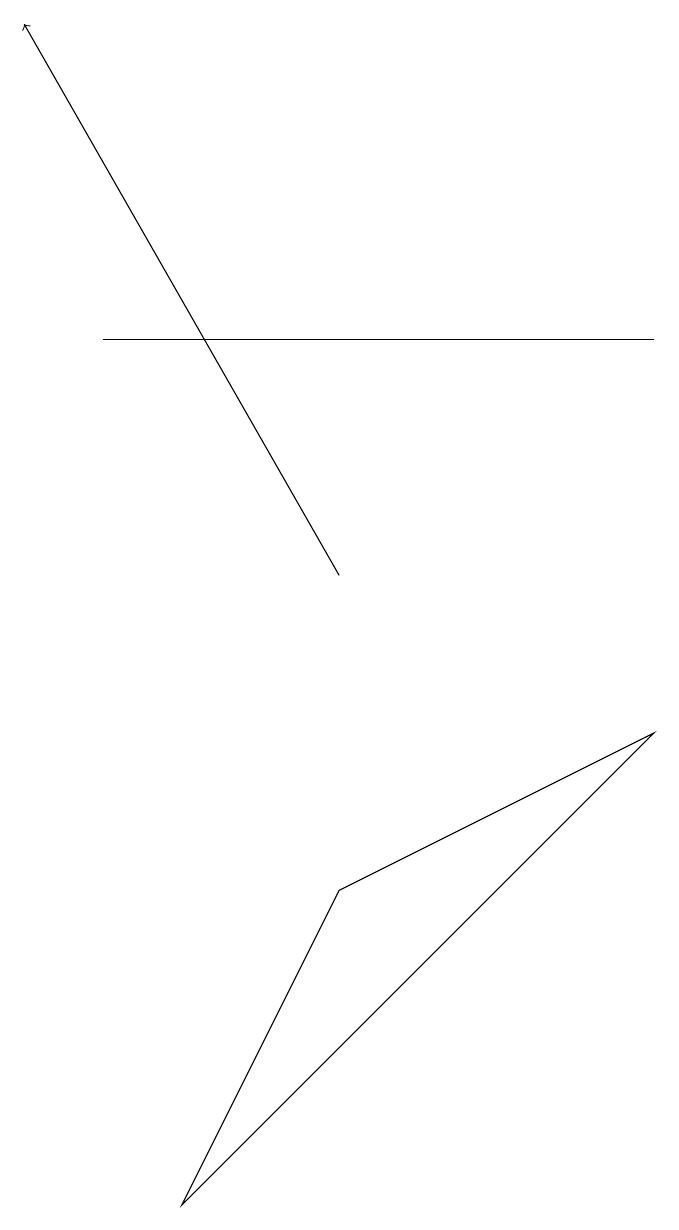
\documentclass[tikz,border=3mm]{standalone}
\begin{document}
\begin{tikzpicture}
\draw[->] (4,10) -- (0,17);
\draw (2,2) -- (4,6) -- (8,8) -- cycle;
\draw (8,13) rectangle (1,13);
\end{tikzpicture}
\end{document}